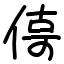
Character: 㑸